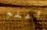
أعلم